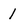
Character: 1